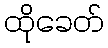
ထိုခေတ်